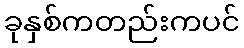
ခုနှစ်ကတည်းကပင်